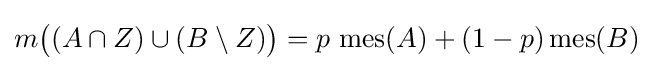
\displaystyle m{\big (}(A\cap Z)\cup (B\setminus Z){\big )}=p\,\operatorname {mes} (A)+(1-p)\operatorname {mes} (B)